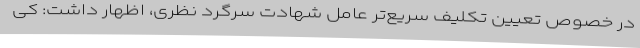
در خصوص تعیین تکلیف سریع‌تر عامل شهادت سرگرد نظری، اظهار داشت: کی